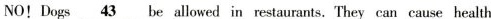
NO!Dogs\underline{43}be allowed in restaurants. They can cause health